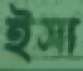
ইসা